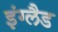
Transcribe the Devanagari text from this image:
इंग्‍लैड